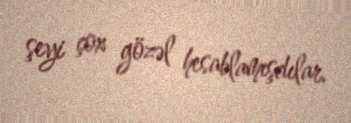
şeyi çox gözəl hesablamışdılar.